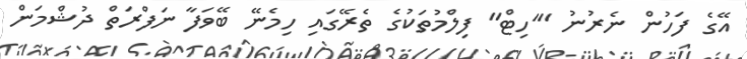
އޭގެ ފަހުން ނެރުނު "'ހިޓް" ފިލްމުތަކުގެ ތެރޭގައި ހިމެނޭ ބޭވަފާ ނަފްރަތް ދުޝްމަން